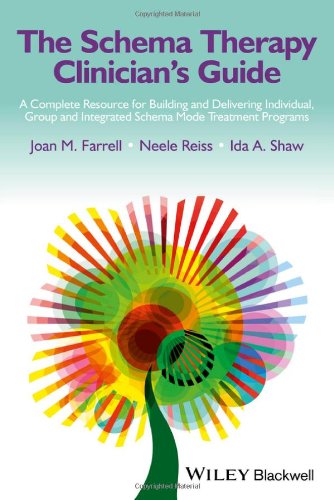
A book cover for The Schema Therapy Clinician's Guide: A Complete Resource for Building and Delivering Individual, Group and Integrated Schema Mode Treatment Programs; Joan M. Farrell; Health, Fitness & Dieting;